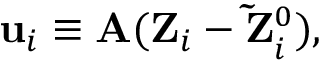
\begin{array} { r } { { { \bf u } } _ { i } \equiv { \bf A } ( { \bf Z } _ { i } - { \bf \tilde { Z } } _ { i } ^ { 0 } ) , } \end{array}